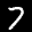
Label: 7